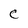
Character: C